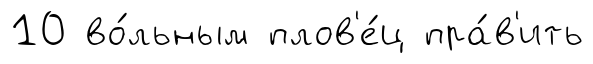
10 во́льным плов'е́ц пра́в'ить